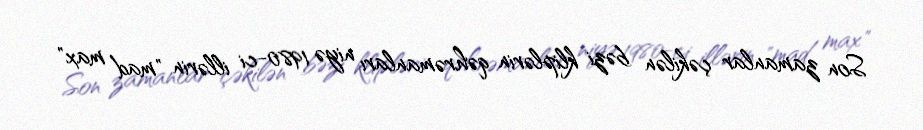
Son zamanlar çəkilən bəzi kliplərin qəhrəmanları niyə 1980-ci illərin "mad max"